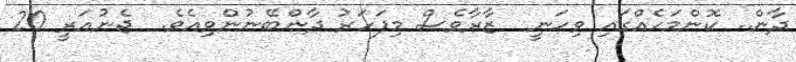
ދާން.. ކޮންމަހެއްގައި ވިހަނީ  ޒާރާވެސް މިފަހަރު ދާންބޭނުންވިއެވެ.  ޖެނުއަރީ 20